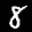
Label: 8